Vital statistics of India. Vol. IV, Annual returns from 1871 to 1876. British Army of India, Native Army and jails of Bengal
Year: 1871
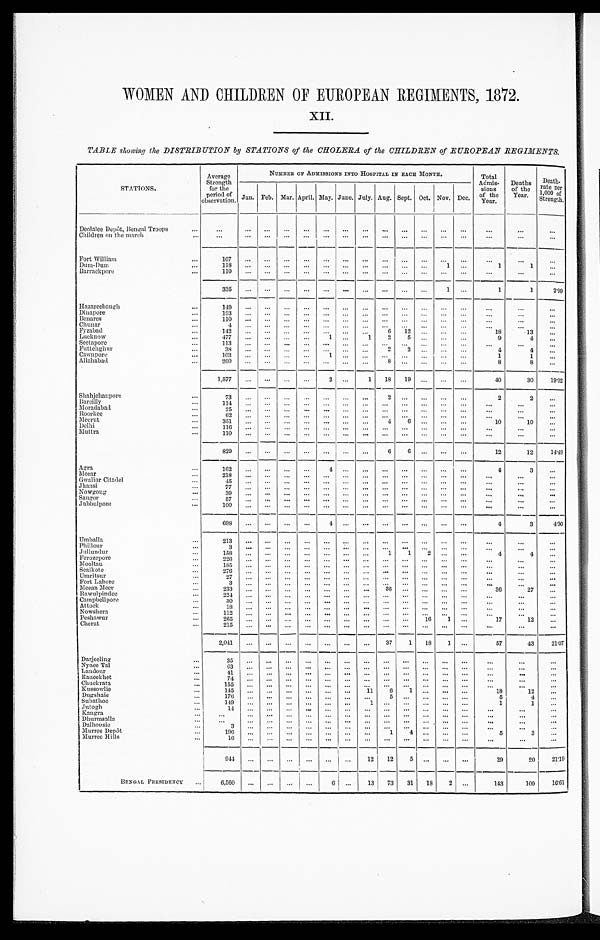
WOMEN AND CHILDREN OF EUROPEAN REGIMENTS, 1872.
XII.
TABLE showing the DISTRIBUTION by STATIONS of the CHOLERA of the CHILDREN of EUROPEAN REGIMENTS.
STATIONS.
Average
Strength
for the
period of
observation.
NUMBER OF ADMISSIONS INTO HOSPITAL IN EACH M o n t h .
Total
Admis-
sions of the
Year.
Deaths
rate
of the
Year.
Deat h r at e per 1, 000
Strength.
J a n .
Feb. Mar. April. May. June. July. Aug. Sept. Oct. Nov. Dec.
Deolalee Depôt, Bengal Troops
...
...
. . .
...
...
...
...
...
...
...
...
...
...
. . .
. . .
. . .
. . .
Children on the march...
. . .
. . .
...
...
...
...
...
...
...
...
...
...
...
. . .
. . .
. . .
Fo rt William
...
107
. . .
...
...
...
...
...
...
..
...
...
...
. . .
. . .
. . .
. . .
Dum-Dum
... 118
. . .
...
. . . ...
. . ....
...
. . . ...
. . .
1
...
1
1
. . .
B arrac kpore ...
110
. . .
...
...
...
...
...
...
. . .
...
...
...
...
...
...
. . .
335
...
...
. . . ...
...
...
...
. . .
...
...
1
...
1
1
2.99
Ha zareebaugh
...
149
...
...
...
...
...
...
...
. . .
...
...
...
...
. . .
...
...
Dinapore
...
193
...
...
. . .
...
. . .
...
...
. . .
...
. . .
...
. . .
. . .
. . .
. . .
Benares
110
...
...
. . .
...
. . .
...
...
. . .
...
. . .
...
. . .
. . .
. . .
. . .
Chunar
... 4
...
...
. . . ...
. . . ...
...
. . . ...
. . . ...
. . .
. . .
. . .
. . .
Fyzabad
142
.. ...
...
...
...
...
...
...
6
12
. . . ...
. . .
18
13
. . .
Lucknow
...
477
...
...
...
...
1
...
1
2
5
. . . ...
. . .
9
4
. . .
Seetapore
...
113
...
...
. . .
...
. . .
...
...
. . .
...
. . .
...
. . .
. . .
. . .
. . .
Futtehghur
...
38
...
...
...
...
...
...
...
2
2
. . . ...
. . .
4
4
. . .
Cawnpo re
...
103
...
...
. . . ...
1
...
...
. . .
. . .
. . . ...
. . .
1
1
...
Allahabad
260
...
...
. . . ...
...
...
...
8
. . .
. . . ...
. . .
8
8
. . .
1,577
...
...
. . .
...
2 ...
1
18
19
. . .
...
. . .
4 0 30
19. 02
Shahjehanpore
. . .
73
...
...
. . . ...
...
...
...
2
...
. . . ...
. . .
2
2
...
Bareilly
. . .
114
...
...
. . . ...
. . . ...
...
. . . ...
. . . ...
. . .
...
. . .
. . .
Moradabad
...
25
...
...
. . .
...
. . .
...
...
...
...
...
...
...
...
...
...
Roorkee
...
62
...
....
. . . ...
. . . ...
...
. . . ...
. . . ...
...
...
. . .
...
Meerut
. . .
351
...
...
. . . ...
...
...
...
4 6
. . . ...
. . .
1 0 10
...
Delhi
... 116
...
...
. . . ...
. . . ...
...
. . . ...
. . . ...
. . .
. . .
. . .
. . .
Muttra
...
110
...
...
. . . ...
. . . ...
...
. . . ...
...
...
. . .
...
...
...
829
...
...
. . . ...
. . . ...
...
6 6
. . . ...
. . .
1 2 12
14.48
Agra
...
162
...
...
. . . ...
4
...
...
. . . ...
. . . ...
. . .
4
3
...
Morar
218
...
...
. . . ...
. . .
...
...
. . .
...
. . .
...
. . .
. . .
. . .
. . .
Gwalior Citadel
...
45
...
...
. . .
...
. . .
...
...
. . .
...
. . .
...
. . .
. . .
. . .
. . .
Jhansi
...
77
...
...
. . .
...
. . .
...
...
. . .
...
. . .
...
. . .
. . .
. . .
. . .
N owgong
...
39
...
...
. . . ...
. . . ...
...
. . .
...
. . .
...
. . .
. . .
. . .
. . .
Saugor
57
...
...
. . . ...
. . . ...
...
. . . ...
. . . ...
. . .
. . .
. . .
. . .
Jubbulpore
...
100
...
...
. . . ...
...
...
...
. . . ...
. . . ...
. . .
. . .
. . .
. . .
698
...
...
. . . ...
4 ...
...
. . . ...
. . . ...
. . .
4
3
4.30
Umballa
...
213
...
...
. . . ...
. . .
...
...
. . . ...
. . .
...
. . .
. . .
. . .
. . .
Phillour
...
3
...
...
. . . ...
. . . ...
...
. . . ...
. . . ...
. . .
. . .
. . .
. . .
J ullundur
158
...
...
. . . ...
. . . ...
...
1
1
2 ...
. . .
4
4
. . .
Fe rozepore
...
226
...
...
. . . ...
. . . ...
...
. . .
...
. . .
...
. . .
. . .
. . .
. . .
Mooltan
...
185
...
...
. . . ...
. . . ...
...
. . . ...
. . . ...
. . .
. . .
. . .
. . .
Sealkote
...
276
...
...
...
...
...
...
...
...
...
. . .
...
. . .
. . .
. . .
. . .
Umritsur
...
2 7
...
...
. . . ...
. . . ...
...
. . .
...
. . .
...
. . .
. . .
. . .
. . .
Fort Lahore
...
3 ...
...
. . . ...
. . . ...
...
. . .
...
. . .
...
. . .
. . .
. . .
. . .
Meean Meer
...
233
...
...
...
...
...
...
. . .
3 6 ...
. . ....
. . .
36
27
. . .
Rawu1pindee
. . .
224
...
...
. . . ...
...
...
. . .
. . .
...
. . .
...
. . .
. . .
. . .
. . .
Campbellpore
30
...
...
. . . ...
. . . ...
. . .
. . .
...
. . .
...
. . .
. . .
. . .
. . .
Attock...
18
...
...
. . . ...
. . .
. . .
. . .
. . .
...
. . .
...
. . .
. . .
. . .
. . .
Nowshera
1 1 2 ...
...
. . . ...
. . .
..
. . .
. . .
...
. . .
...
. . .
. . .
. . .
. . .
Peshawur
...
2 6 5 ...
...
. . . ...
. . . ...
...
. . . ...
16 1
. . .
17
12
. . .
Cherat
...
215
...
...
. . . ...
. . . ...
...
. . . ...
. . . ...
. . .
. . .
. . .
. . .
2,041
...
...
...
...
...
...
...
37
1
18
1
...
57
43
21.07
Dar j eeling
...
35
...
...
. . .
...
...
...
...
...
...
...
...
...
. . .
. . .
. . .
Nynee Tal
63
...
...
...
. . .
...
...
...
...
...
...
...
. . .
. . .
. . .
Landour
..
41
...
...
. . .
. . .
. . .
. . . ...
. . .
. . .
. . .
. . .
. . .
. . .
. . .
. . .
Raneekhet
...
7 4 ...
...
. . .
. . .
. . .
. . .
...
...
...
...
. . .
...
. . .
. . .
. . .
Chuckrata
...
155
...
...
. . .
. . .
. . .
. . . ...
. . .
. . .
...
...
. . .
. . .
. . .
. . .
Kussowlie
145
...
...
...
...
...
. . .
11
6
1
. . .
. . .
. . .
18
12
...
1)ugshaie
. . .
176
...
...
. . .
. . .
. . .
. . . ...
5
. . .
. . .
. . .
. . .
5
4
. . .
Subathoo...
149
...
...
. . .
. . .
. . .
. . .
1
. . .
. . .
. . .
. . .
. . .
1
1
. . .
Jut ogh
1 4
...
...
...
. . .
...
. . .
...
...
...
...
...
...
...
...
. . .
Kangra
. . .
. . .
...
...
. . .
. . .
. . .
. . .
. . .
. . .
. . .
. . .
. . .
. . .
. . .
. . .
. . .
D h u r m s a l l a
. . .
...
...
. . .
. . .
. . .
. . .
. . .
. . .
. . .
. . .
. . .
. . .
. . .
. . .
. . .
Da lhousie
•••
3
...
...
. . .
. . .
. . .
. . .
. . .
. . .
. . .
. . .
. . .
. . .
. . .
. . .
. . .
Murree Depôt
...
1 9 6 ...
...
. . .
. . .
. . .
. . . ...
1
4
. . . ...
. . .
5
3
...
Murree Hills
. . .
1 6 ...
...
. . .
. . .
. . .
. . . ...
. . .
. . .
. . . ...
. . .
...
...
. . .
9 4 4 ...
...
. . .
. . .
. . .
. . .
12
12
. . .
. . . ...
. . .
29
20
21.19
BENGAL PRESIDENCY
...
6,560
...
...
. . ....
6
...
13
73
31
18 2
. . .
143
109
16.61